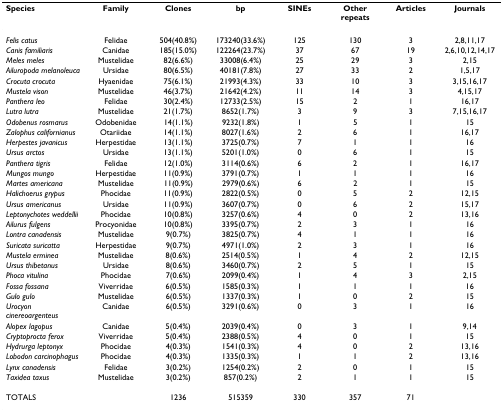
<table><thead><tr><td><b>Species</b></td><td><b>Family</b></td><td><b>Clones</b></td><td><b>bp</b></td><td><b>SINEs</b></td><td><b>Other repeats</b></td><td><b>Articles</b></td><td><b>Journals</b></td></tr></thead><tbody><tr><td><i>Felis catus</i></td><td>Felidae</td><td>504(40.8%)</td><td>173240(33.6%)</td><td>125</td><td>130</td><td>3</td><td>2,8,11,17</td></tr><tr><td><i>Canis familiaris</i></td><td>Canidae</td><td>185(15.0%)</td><td>122264(23.7%)</td><td>37</td><td>67</td><td>19</td><td>2,6,10,12,14,17</td></tr><tr><td><i>Meles meles</i></td><td>Mustelidae</td><td>82(6.6%)</td><td>33008(6.4%)</td><td>25</td><td>29</td><td>3</td><td>2,15</td></tr><tr><td><i>Ailuropoda melanoleuca</i></td><td>Ursidae</td><td>80(6.5%)</td><td>40181(7.8%)</td><td>27</td><td>33</td><td>2</td><td>1,5,17</td></tr><tr><td><i>Crocuta crocuta</i></td><td>Hyaenidae</td><td>75(6.1%)</td><td>21993(4.3%)</td><td>33</td><td>10</td><td>3</td><td>3,15,16,17</td></tr><tr><td><i>Mustela vison</i></td><td>Mustelidae</td><td>46(3.7%)</td><td>21642(4.2%)</td><td>11</td><td>14</td><td>3</td><td>4,15,17</td></tr><tr><td><i>Panthera leo</i></td><td>Felidae</td><td>30(2.4%)</td><td>12733(2.5%)</td><td>15</td><td>2</td><td>1</td><td>16,17</td></tr><tr><td><i>Lutra lutra</i></td><td>Mustelidae</td><td>21(1.7%)</td><td>8652(1.7%)</td><td>3</td><td>9</td><td>3</td><td>7,15,16,17</td></tr><tr><td><i>Odobenus rosmarus</i></td><td>Odobenidae</td><td>14(1.1%)</td><td>9232(1.8%)</td><td>1</td><td>5</td><td>1</td><td>15</td></tr><tr><td><i>Zalophus californianus</i></td><td>Otariidae</td><td>14(1.1%)</td><td>8027(1.6%)</td><td>2</td><td>6</td><td>1</td><td>16,17</td></tr><tr><td><i>Herpestes javanicus</i></td><td>Herpestidae</td><td>13(1.1%)</td><td>3725(0.7%)</td><td>7</td><td>1</td><td>1</td><td>16</td></tr><tr><td><i>Ursus arctos</i></td><td>Ursidae</td><td>13(1.1%)</td><td>5201(1.0%)</td><td>0</td><td>6</td><td>1</td><td>15</td></tr><tr><td><i>Panthera tigris</i></td><td>Felidae</td><td>12(1.0%)</td><td>3114(0.6%)</td><td>6</td><td>2</td><td>1</td><td>16,17</td></tr><tr><td><i>Mungos mungo</i></td><td>Herpestidae</td><td>11(0.9%)</td><td>3791(0.7%)</td><td>1</td><td>1</td><td>1</td><td>16</td></tr><tr><td><i>Martes americana</i></td><td>Mustelidae</td><td>11(0.9%)</td><td>2979(0.6%)</td><td>6</td><td>2</td><td>1</td><td>15</td></tr><tr><td><i>Halichoerus grypus</i></td><td>Phocidae</td><td>11(0.9%)</td><td>2822(0.5%)</td><td>0</td><td>5</td><td>2</td><td>12,15</td></tr><tr><td><i>Ursus americanus</i></td><td>Ursidae</td><td>11(0.9%)</td><td>3607(0.7%)</td><td>0</td><td>6</td><td>2</td><td>15,17</td></tr><tr><td><i>Leptonychotes weddellii</i></td><td>Phocidae</td><td>10(0.8%)</td><td>3257(0.6%)</td><td>4</td><td>0</td><td>2</td><td>13,16</td></tr><tr><td><i>Ailurus fulgens</i></td><td>Procyonidae</td><td>10(0.8%)</td><td>3395(0.7%)</td><td>2</td><td>3</td><td>1</td><td>16</td></tr><tr><td><i>Lontra canadensis</i></td><td>Mustelidae</td><td>9(0.7%)</td><td>3825(0.7%)</td><td>4</td><td>1</td><td>1</td><td>16</td></tr><tr><td><i>Suricata suricatta</i></td><td>Herpestidae</td><td>9(0.7%)</td><td>4971(1.0%)</td><td>2</td><td>3</td><td>1</td><td>16</td></tr><tr><td><i>Mustela erminea</i></td><td>Mustelidae</td><td>8(0.6%)</td><td>2514(0.5%)</td><td>1</td><td>4</td><td>2</td><td>12,15</td></tr><tr><td><i>Ursus thibetanus</i></td><td>Ursidae</td><td>8(0.6%)</td><td>3460(0.7%)</td><td>2</td><td>5</td><td>1</td><td>15</td></tr><tr><td><i>Phoca vitulina</i></td><td>Phocidae</td><td>7(0.6%)</td><td>2099(0.4%)</td><td>1</td><td>4</td><td>3</td><td>2,15</td></tr><tr><td><i>Fossa fossana</i></td><td>Viverridae</td><td>6(0.5%)</td><td>1585(0.3%)</td><td>1</td><td>1</td><td>1</td><td>16</td></tr><tr><td><i>Gulo gulo</i></td><td>Mustelidae</td><td>6(0.5%)</td><td>1337(0.3%)</td><td>1</td><td>0</td><td>2</td><td>15</td></tr><tr><td><i>Urocyon cinereoargenteus</i></td><td>Canidae</td><td>6(0.5%)</td><td>3291(0.6%)</td><td>0</td><td>3</td><td>1</td><td>16</td></tr><tr><td><i>Alopex lagopus</i></td><td>Canidae</td><td>5(0.4%)</td><td>2039(0.4%)</td><td>0</td><td>3</td><td>1</td><td>9,14</td></tr><tr><td><i>Cryptoprocta ferox</i></td><td>Viverridae</td><td>5(0.4%)</td><td>2388(0.5%)</td><td>4</td><td>0</td><td>1</td><td>15</td></tr><tr><td><i>Hydrurga leptonyx</i></td><td>Phocidae</td><td>4(0.3%)</td><td>1541(0.3%)</td><td>4</td><td>0</td><td>2</td><td>13,16</td></tr><tr><td><i>Lobodon carcinophagus</i></td><td>Phocidae</td><td>4(0.3%)</td><td>1335(0.3%)</td><td>1</td><td>1</td><td>2</td><td>13,16</td></tr><tr><td><i>Lynx canadensis</i></td><td>Felidae</td><td>3(0.2%)</td><td>1254(0.2%)</td><td>2</td><td>0</td><td>1</td><td>15</td></tr><tr><td><i>Taxidea taxus</i></td><td>Mustelidae</td><td>3(0.2%)</td><td>857(0.2%)</td><td>2</td><td>1</td><td>1</td><td>15</td></tr><tr><td>TOTALS</td><td>[EMPTY_CELL]</td><td>1236</td><td>515359</td><td>330</td><td>357</td><td>71</td><td>[EMPTY_CELL]</td></tr></tbody></table>